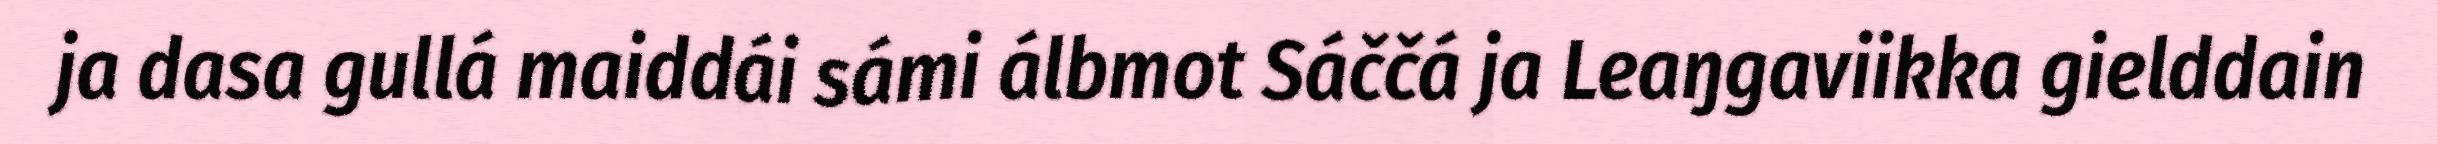
ja dasa gullá maiddái sámi álbmot Sáččá ja Leaŋgaviikka gielddain